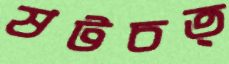
ষটচত্